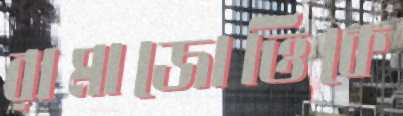
রামাজোত্তিকে